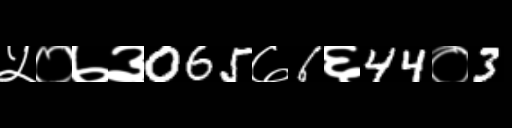
Text: ५०७३065७6६44०3